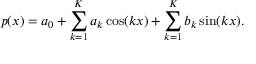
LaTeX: p ( x ) = a _ { 0 } + \sum _ { k = 1 } ^ { K } a _ { k } \cos ( k x ) + \sum _ { k = 1 } ^ { K } b _ { k } \sin ( k x ) .